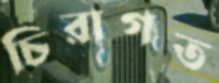
চিরাগত